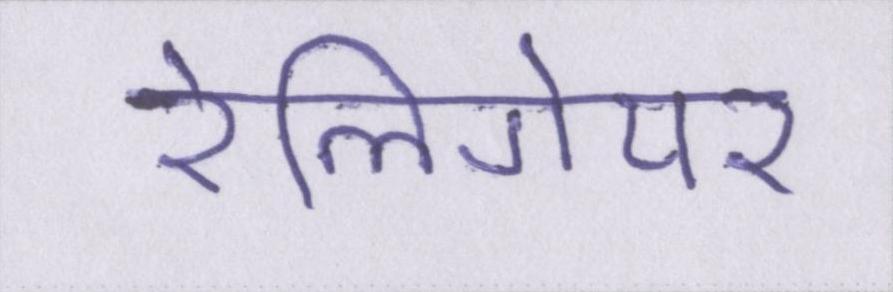
रेलिगेयर